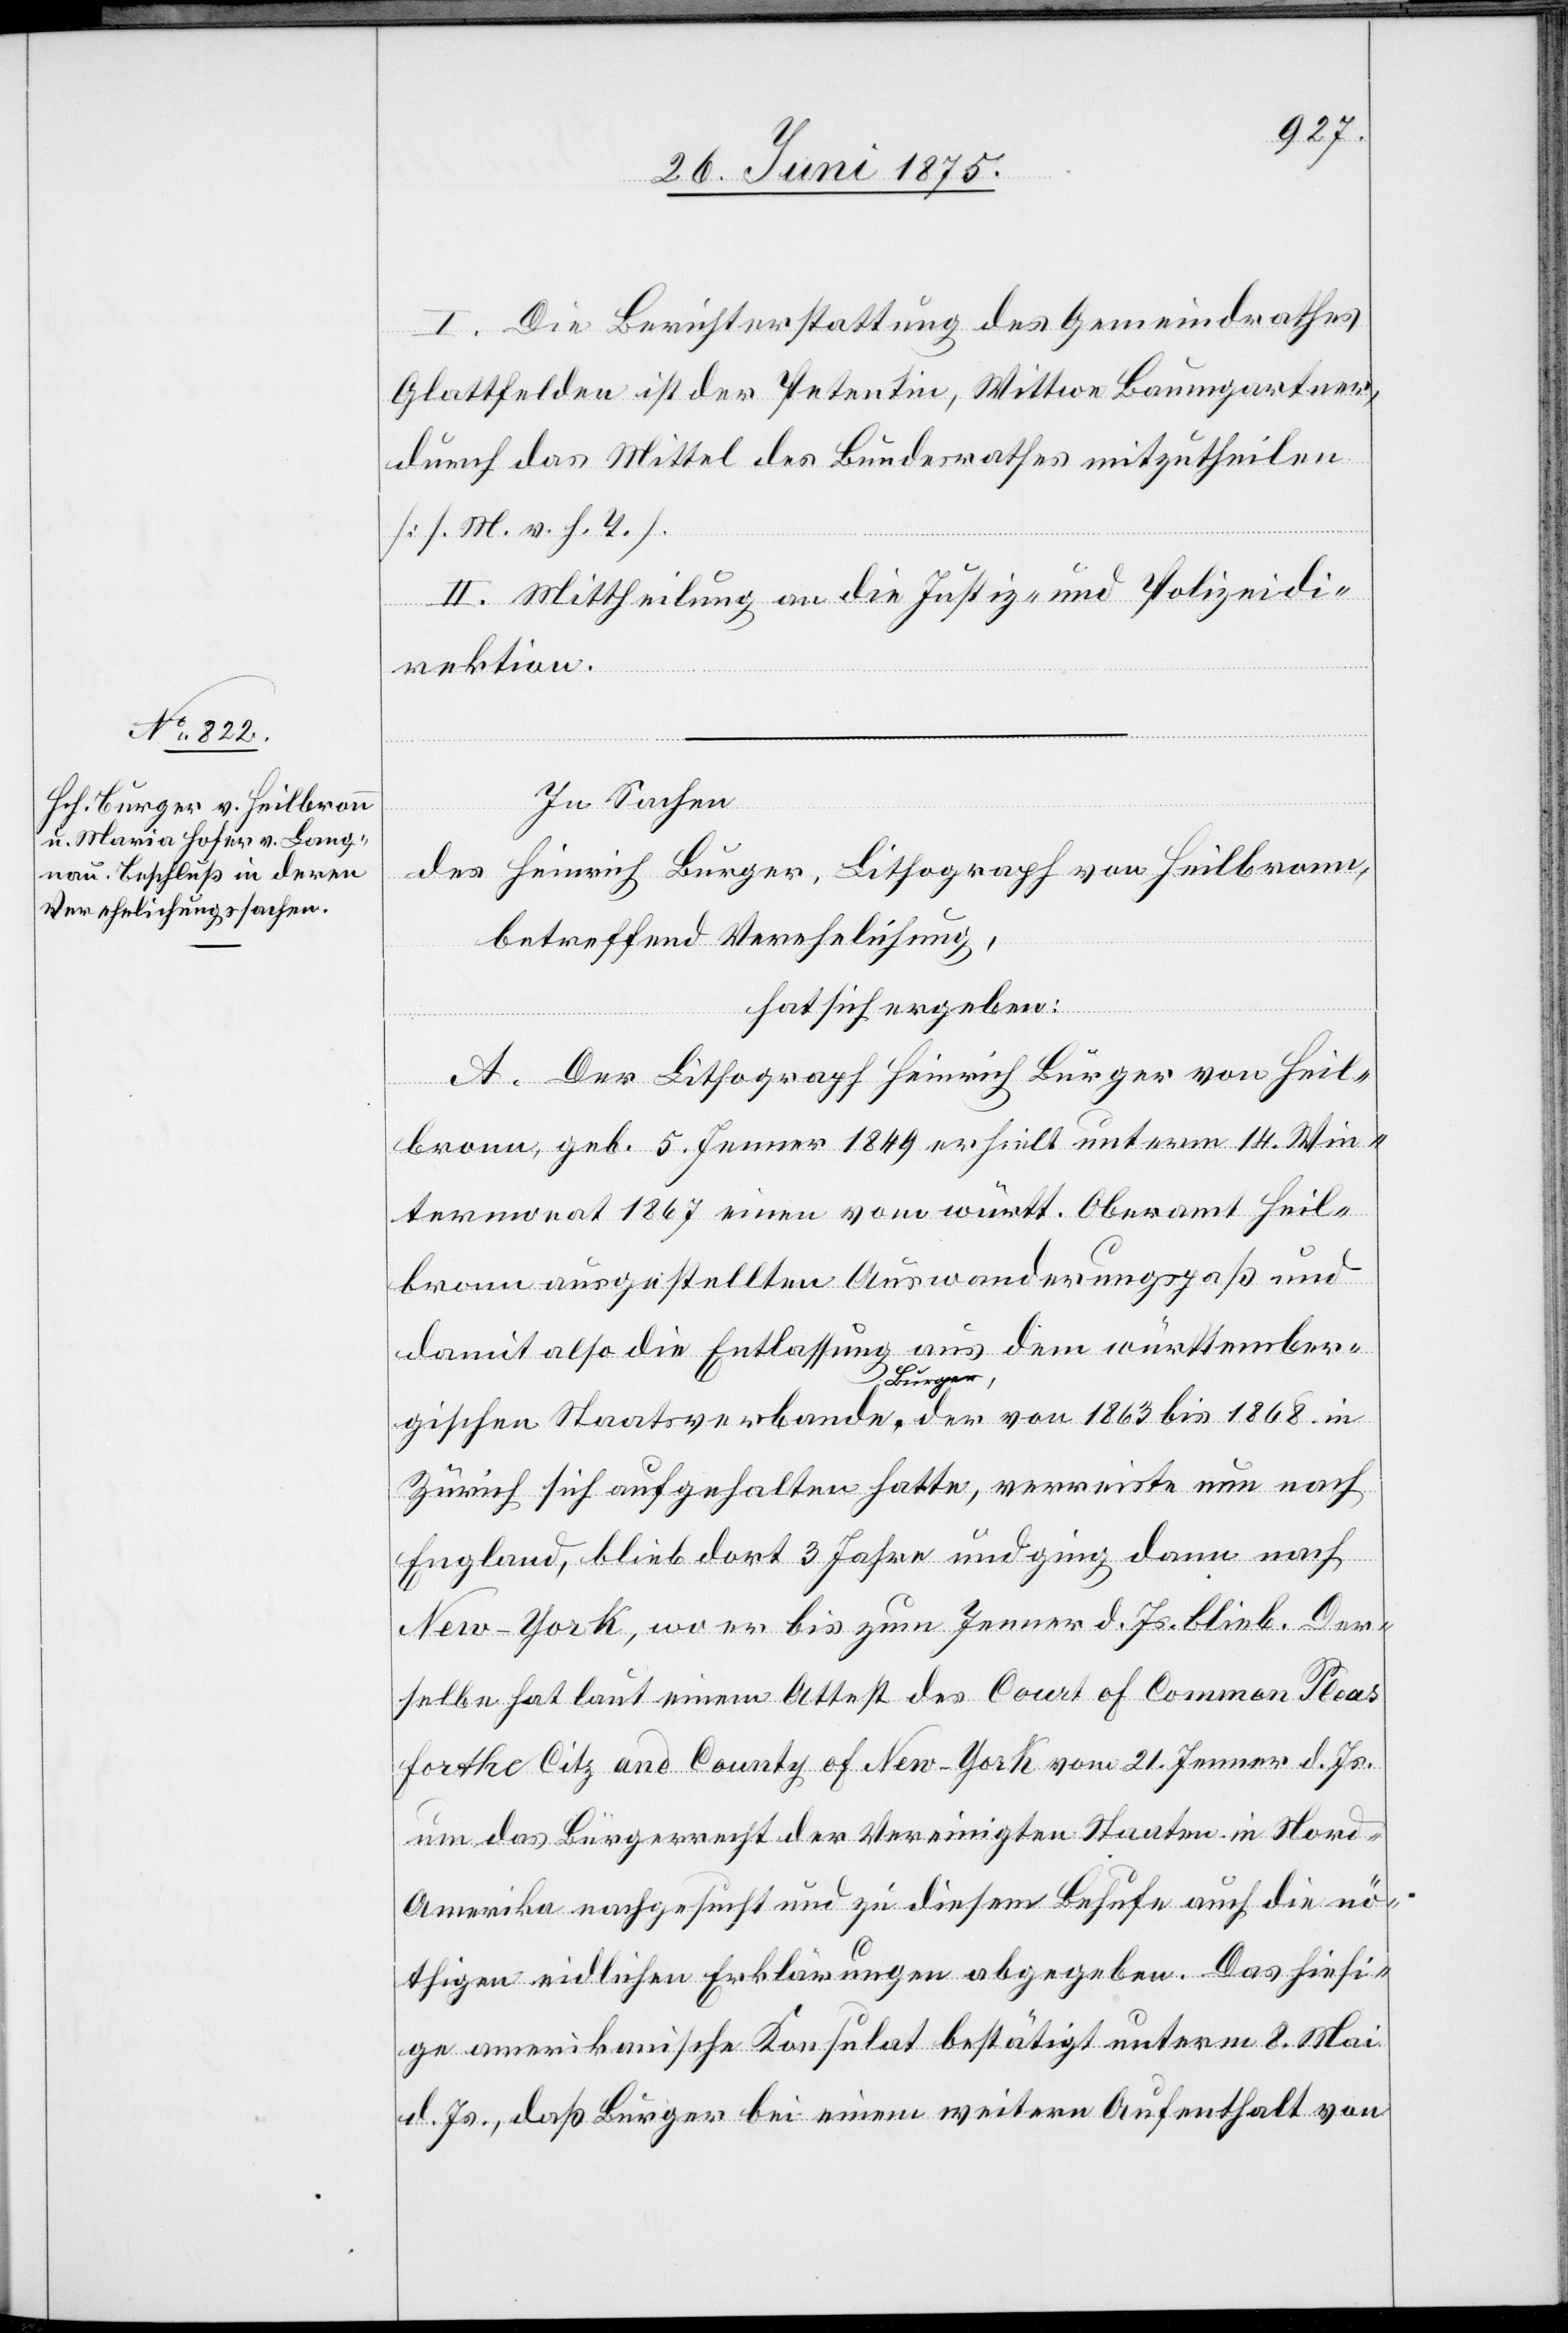
I. Die Berichterstattung des Gemeindrathes
Glattfelden ist der Petentin, Wittwe Baumgartner,
durch das Mittel des Bundesrathes mitzutheilen
[s. M. v. h. T.].
II. Mittheilung an die Justiz- und Polizeidi¬
rektion.
In Sachen
des Heinrich Burger, Lithograph von Heilbronn,
betreffend Verehelichung,
hat sich ergeben:
A. Der Lithograph Heinrich Burger von Heil¬
bronn, geb. 5. Jenner 1849 erhielt unterm 14. Win¬
termonat 1867 einen vom württ. Oberamt Heil¬
bronn ausgestellten Auswanderungspaß und
aus dem württember¬
damit also die Entlassung
gischen Staatsverbande, Burger, der von 1863 bis 1868 in
Zürich sich aufgehalten hatte, verreiste nun nach
England, blieb dort 3 Jahre und ging dann nach
New-York, wo er bis zum Jenner d. Js. blieb. Der¬
selbe hat laut einem Attest des Court of Common Pleas
Forthe Citz and County of New-York vom 21. Jenner d. Js.
um das Bürgerrecht der Vereinigten Staaten in Nord¬
amerika nachgesucht und zu diesem Behufe auch die nö¬
thigen eidlichen Erklärungen abgegeben. Das hiesi¬
ge amerikanische Konsulat bestätigt unterm 8. Mai
d. Js., daß Burger bei einem weitern Aufenthalt von